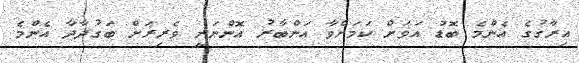
އިރާގުގެ އެންމެ ބޮޑު އަވަށް ކަމަށްވާ އަންބާރު އޮންނަނީ ވެރިރަށް ބަގުދާދާ އެންމެ